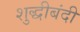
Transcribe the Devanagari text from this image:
शुद्धीबंदी